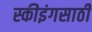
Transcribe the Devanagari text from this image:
स्कीइंगसाठी